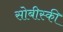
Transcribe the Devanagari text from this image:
सोबीस्की